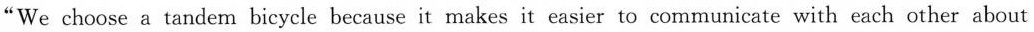
“We choose a tandem bicycle because it makes it easier to communicate with each other about